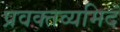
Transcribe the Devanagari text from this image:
प्रवक्तव्यमिदं